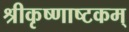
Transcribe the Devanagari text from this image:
श्रीकृष्णाष्टकम्